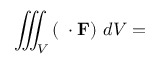
\iiint _ { V } \left( \mathbf { \nabla } \cdot \mathbf { F } \right) \, d V =